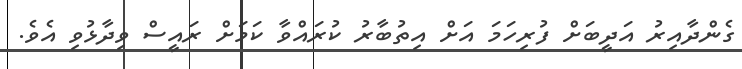
ގެންދާއިރު އަދީބަށް ފުރިހަމަ އަށް އިތުބާރު ކުރައްވާ ކަމަށް ރައީސް ވިދާޅުވި އެވެ.